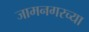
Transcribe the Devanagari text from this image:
जामनगरच्या